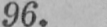
96.